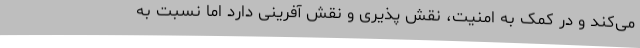
می‌کند و در کمک به امنیت، نقش پذیری و نقش آفرینی دارد اما نسبت به